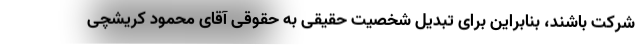
شرکت باشند، بنابراین برای تبدیل شخصیت حقیقی به حقوقی آقای محمود کریشچی